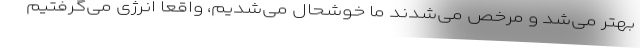
بهتر می‌شد و مرخص می‌شدند ما خوشحال می‌شدیم، واقعا انرژی می‌گرفتیم